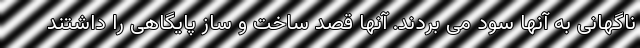
ناگهانی به آنها سود می بردند. آنها قصد ساخت و ساز پایگاهی را داشتند